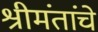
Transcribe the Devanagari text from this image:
श्रीमंतांचे